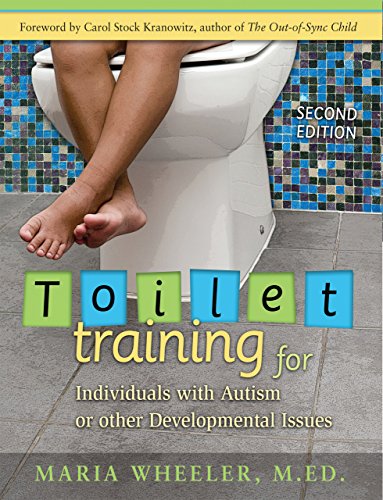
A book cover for Toilet Training for Individuals with Autism or Other Developmental Issues: Second Edition; Maria Wheeler; Health, Fitness & Dieting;